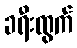
ခရီးထွက်